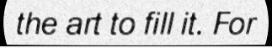
the art to fill it. For